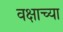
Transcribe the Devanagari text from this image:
वक्षाच्या